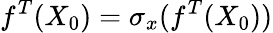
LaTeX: f^{T}(X_{0})=\sigma_{x}(f^{T}(X_{0}))